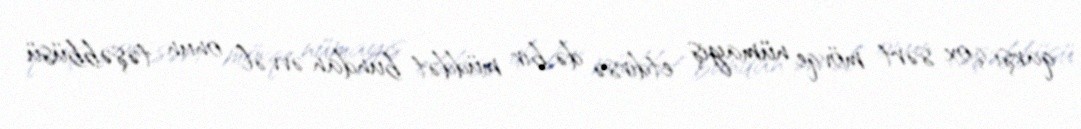
qarşı çox sərt mövqe nümayiş etdirsə də bir müddət bundan əvvəl onun təşəbbüsü